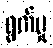
ရွက်မှု